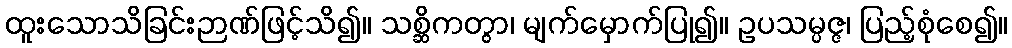
ထူးသောသိခြင်းဉာဏ်ဖြင့်သိ၍။ သစ္ဆိကတွာ၊ မျက်မှောက်ပြု၍။ ဥပသမ္ပဇ္ဇ၊ ပြည့်စုံစေ၍။